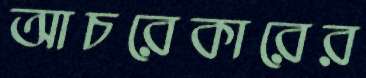
আচরেকারের